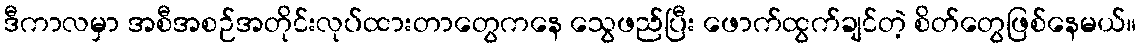
ဒီကာလမှာ အစီအစဉ်အတိုင်းလုပ်ထားတာတွေကနေ သွေဖည်ပြီး ဖောက်ထွက်ချင်တဲ့ စိတ်တွေဖြစ်နေမယ်။